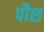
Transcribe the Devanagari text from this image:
पौश